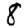
Digit: 8